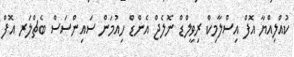
ކުއްލިއްޔާ އޮފް އިސްލާމިކް ރިވީލްޑް ނޮލެޖް އެންޑް ހިއުމަން ސައިންސަސް ބެޗްލަރ އޮފް